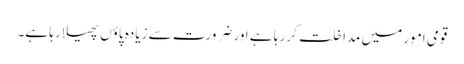
قومی امور میں مداخلت کر رہا ہے اور ضرورت سے زیادہ پاؤں پھیلا رہا ہے۔